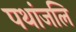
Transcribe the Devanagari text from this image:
पथांजलि